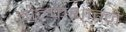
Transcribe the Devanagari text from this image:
वोल्फशान्ज़े